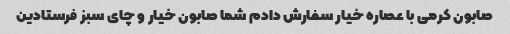
صابون کرمی با عصاره خیار سفارش دادم شما صابون خیار و چای سبز فرستادین